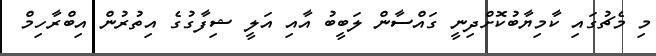
މި މެޗުގައި ކާމިޔާބުކޮށްދިނީ ގައްސާން ލަބީބު އާއި އަލީ ޝިފާގުގެ އިތުރުން އިބްރާހިމް